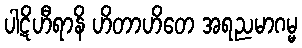
ပါဋိဟီရာနိ ဟိတာဟိတေ အရညမာဂမ္မ